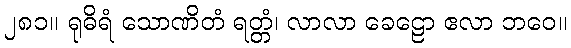
၂၈၁။ ရုဓိရံ သောဏိတံ ရတ္တံ၊ လာလာ ခေဠော ဧလာ ဘဝေ။